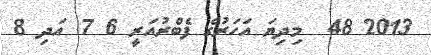
2013 48  މިދިޔަ އަހަރުގެ ފެބްރުއަރީ 6 7 އަދި 8